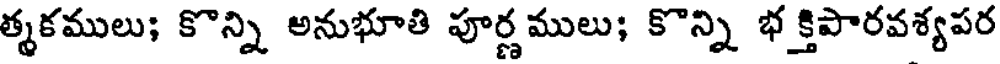
త్మకములు; కొన్ని అనుభూతి పూర్ణ ములు; కొన్ని భక్తిపారవశ్యపర